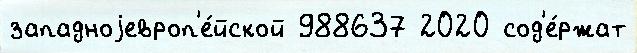
западноjевроп'е́йской 988637 2020 сод'е́ржат